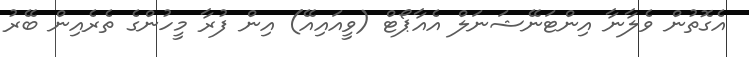
އެގޮތުން ވެލާނާ އިންޓަނޭޝަނަލް އެއާޕޯޓް (ވީއައިއޭ) އިން ފުރާ މީހުންގެ ތެރެއިން ބޭރު